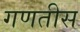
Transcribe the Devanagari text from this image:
गणतीस